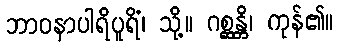
ဘာဝနာပါရိပူရိံ၊ သို့။ ဂစ္ဆန္တိ၊ ကုန်၏။